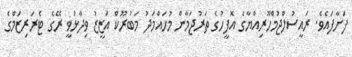
ފަށާފައެވެ. ރައީސުލްޖުމްހޫރިއްޔާގެ އޮފީހުގެ ތަރުޖަމާން މުހައްމަދު މަބުރޫކް އަޒީޒު ވިދާޅުވީ ރޭގެ ޓެރަރިޒަމްގެ